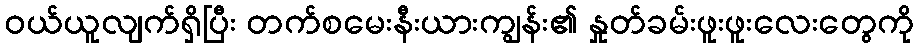
ဝယ်ယူလျက်ရှိပြီး တက်စမေးနီးယားကျွန်း၏ နှုတ်ခမ်းဖူးဖူးလေးတွေကို